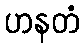
ဟနတံ